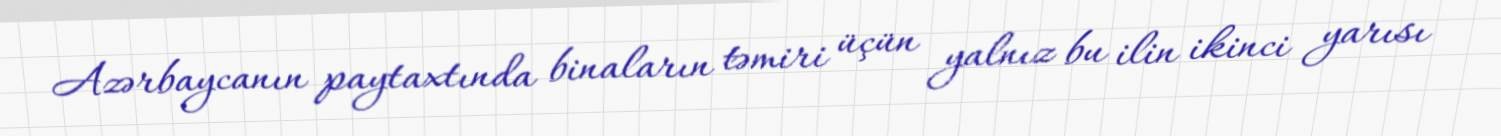
Azərbaycanın paytaxtında binaların təmiri üçün yalnız bu ilin ikinci yarısı